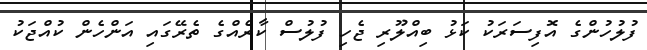
ފުލުހުންގެ އޮފިސަރަކު ކަޅު ބިއްލޫރި ޖެހި ފުލުސް ކާރެއްގެ ތެރޭގައި އަންހެން ކުއްޖަކު